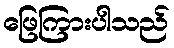
ဖြေကြားပါသည်